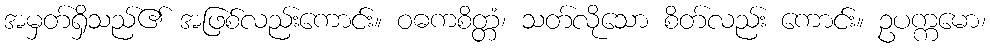
အမှတ်ရှိသည်၏ အဖြစ်လည်းကောင်း။ ဝဓကစိတ္တံ၊ သတ်လိုသော စိတ်လည်း ကောင်း။ ဥပက္ကမော၊